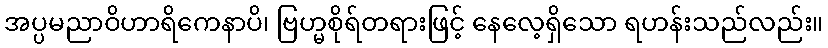
အပ္ပမညာဝိဟာရိကေနာပိ၊ ဗြဟ္မစိုရ်တရားဖြင့် နေလေ့ရှိသော ရဟန်းသည်လည်း။